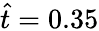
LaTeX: \hat{t}=0.35